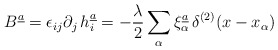
\begin{align*}B^{\underline{a}} = \epsilon_{ij} \partial_j \, h^{\underline{a}}_{i} =- {\lambda \over 2} \sum\limits_{\alpha} \xi_{\alpha}^{\underline{a}}\,\delta^{(2)}(x -x_{\alpha} )\end{align*}